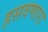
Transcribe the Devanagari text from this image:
हसवणारा